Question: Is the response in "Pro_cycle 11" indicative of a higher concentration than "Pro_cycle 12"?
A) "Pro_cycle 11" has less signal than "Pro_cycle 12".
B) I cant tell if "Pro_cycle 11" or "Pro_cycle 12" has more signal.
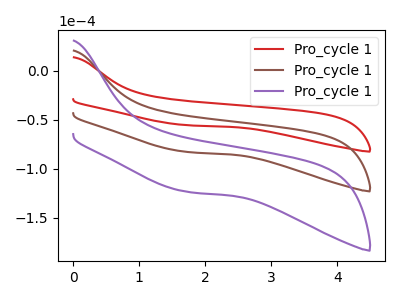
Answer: <think>The red curve "Pro_cycle 11" has no peaks. The brown curve "Pro_cycle 12" has no peaks. The purple curve "Pro_cycle 13" has no peaks.
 Neither "Pro_cycle 11" or "Pro_cycle 12" have any peaks.</think>
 <answer>B) I cant tell if "Pro_cycle 11" or "Pro_cycle 12" has more signal.</answer>
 <eval>B</eval>